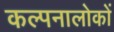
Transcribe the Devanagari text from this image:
कल्पनालोकों